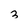
Character: 3